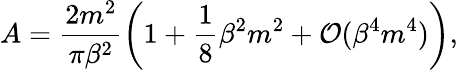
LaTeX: A=\frac{2m^{2}}{\pi\beta^{2}}\left(1+\frac{1}{8}\beta^{2}m^{2}+{\cal O}(\beta^{4}m^{4})\right),